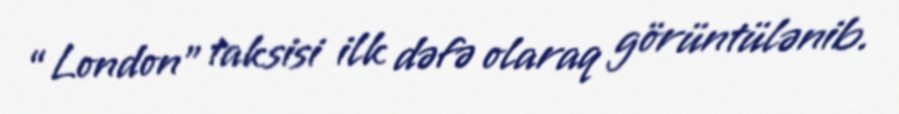
“London” taksisi ilk dəfə olaraq görüntülənib.